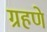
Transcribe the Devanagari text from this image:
ग्रहणे